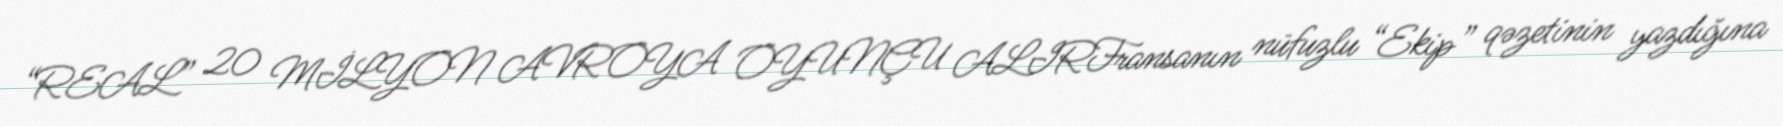
“REAL” 20 MİLYON AVROYA OYUNÇU ALIRFransanın nüfuzlu “Ekip” qəzetinin yazdığına